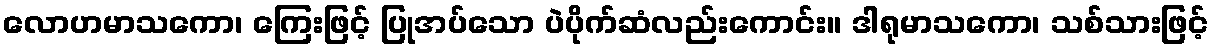
လောဟမာသကော၊ ကြေးဖြင့် ပြုအပ်သော ပဲပိုက်ဆံလည်းကောင်း။ ဒါရုမာသကော၊ သစ်သားဖြင့်